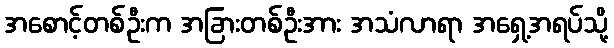
အစောင့်တစ်ဦးက အခြားတစ်ဦးအား အသံလာရာ အရှေ့အရပ်သို့